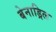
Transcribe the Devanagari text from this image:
बेनाड्रिल